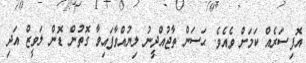
އޮފިސަރެއް ކަމަށް ވެއެވެ. ޙަސަން ތާޖުއްދީނު ލިޔުއްވާފައިވާ ގޮތުން ޑޮން ލަވީޒް އަދި